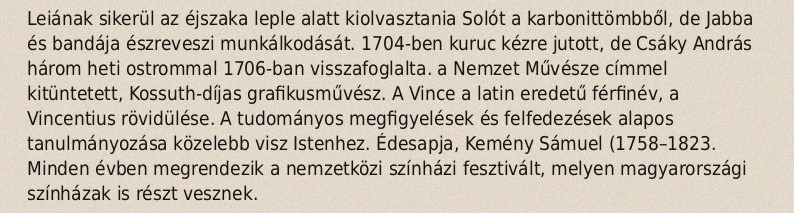
Leiának sikerül az éjszaka leple alatt kiolvasztania Solót a karbonittömbből, de Jabba és bandája észreveszi munkálkodását. 1704-ben kuruc kézre jutott, de Csáky András három heti ostrommal 1706-ban visszafoglalta. a Nemzet Művésze címmel kitüntetett, Kossuth-díjas grafikusművész. A Vince a latin eredetű férfinév, a Vincentius rövidülése. A tudományos megfigyelések és felfedezések alapos tanulmányozása közelebb visz Istenhez. Édesapja, Kemény Sámuel (1758–1823. Minden évben megrendezik a nemzetközi színházi fesztivált, melyen magyarországi színházak is részt vesznek.